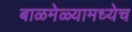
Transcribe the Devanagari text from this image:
बाळमेळ्यामध्येच